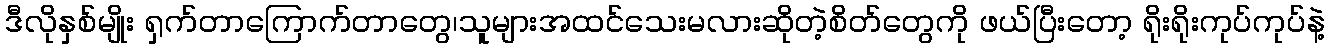
ဒီလိုနှစ်မျိုး ရှက်တာကြောက်တာတွေ၊သူများအထင်သေးမလားဆိုတဲ့စိတ်တွေကို ဖယ်ပြီးတော့ ရိုးရိုးကုပ်ကုပ်နဲ့